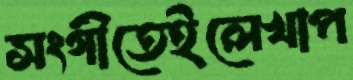
সংগীতেইলেখাপ